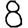
Digit: 8